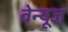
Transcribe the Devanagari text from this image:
वेन्यूज